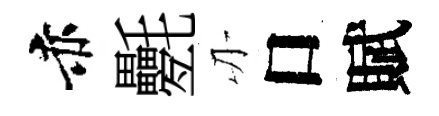
赤氎刃口賦